Report of the Municipal Commissioner on the plague in Bombay for the year ending 31st May... - Volume 1
Disease focus: Plague
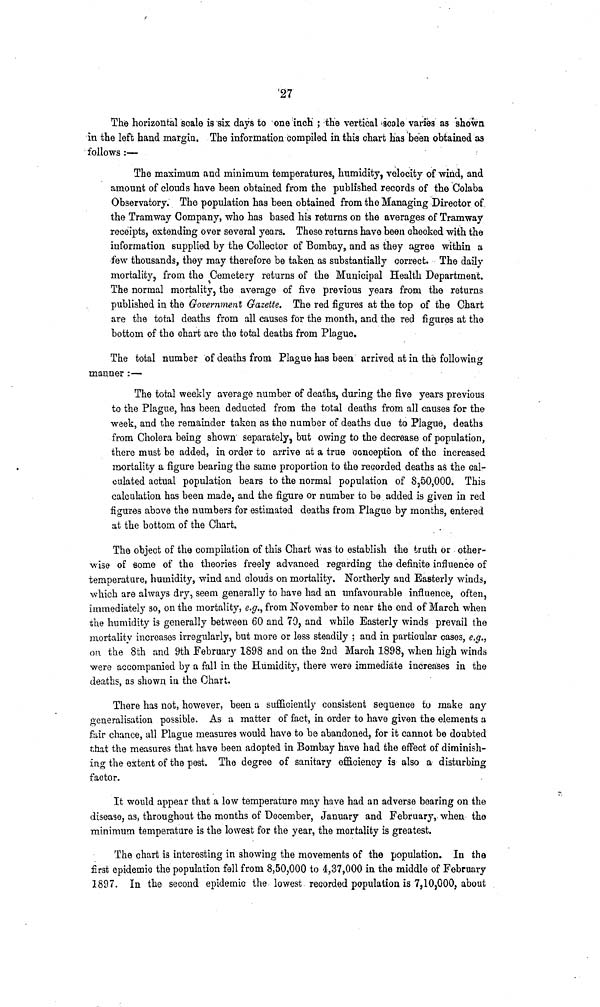
27
The horizontal scale is six days to one inch ; the vertical scale varies as shown
in the left hand margin. The information compiled in this chart has been obtained as
follows :—
The maximum and minimum temperatures, humidity, velocity of wind, and
amount of clouds have been obtained from the published records of the Colaba
Observatory. The population has been obtained from the Managing Director of,
the Tramway Company, who has based his returns on the averages of Tramway
receipts, extending over several years. These returns have been checked with the
information supplied by the Collector of Bombay, and as they agree within a
few thousands, they may therefore be taken as substantially correct. The daily
mortality, from the Cemetery returns of the Municipal Health Department,
The normal mortality, the average of five previous years from the returns
published in the Government Gazette. The red figures at the top of the Chart
are the total deaths from all causes for the month, and the red figures at the
bottom of the chart are the total deaths from Plague.
The total number of deaths from Plague has been arrived at in the following
manner :—
The total weekly average number of deaths, during the five years previous
to the Plague, has been deducted from the total deaths from all causes for the
week, and the remainder taken as the number of deaths due to Plague, deaths
from Cholera being shown separately, but owing to the decrease of population,
there must be added, in order to arrive at a true conception of the increased
mortality a figure bearing the same proportion to the recorded deaths as the cal-
culated actual population bears to the normal population of 8,50,000. This
calculation has been made, and the figure or number to be added is given in red
figures above the numbers for estimated deaths from Plague by months, entered
at the bottom of the Chart.
The object of the compilation of this Chart was to establish the truth or other-
wise of some of the theories freely advanced regarding the definite influence of
temperature, humidity, wind and clouds on mortality. Northerly and Easterly winds,
which are always dry, seem generally to have had an unfavourable influence, often,
immediately so, on the mortality, e.g., from November to near the end of March when
the humidity is generally between 60 and 70, and while Easterly winds prevail the
mortality increases irregularly, but more or less steadily ; and in particular cases, e.g.,
on the 8th and 9th February 1898 and on the 2nd March 1898, when high winds
were accompanied by a fall in the Humidity, there were immediate increases in the
deaths, as shown in the Chart.
There has not, however, been a sufficiently consistent sequence to make any
generalisation possible. As a matter of fact, in order to have given the elements a
fair chance, all Plague measures would have to be abandoned, for it cannot be doubted
that the measures that have been adopted in Bombay have had the effect of diminish-
ing the extent of the pest. The degree of sanitary efficiency is also a disturbing
factor.
It would appear that a low temperature may have had an adverse bearing on the
disease, as, throughout the months of December, January and February, when the
minimum temperature is the lowest for the year, the mortality is greatest.
The chart is interesting in showing the movements of the population. In the
first epidemic the population fell from 8,50,000 to 4,37,000 in the middle of February
1897. In the second epidemic the lowest recorded population is 7,10,000, about